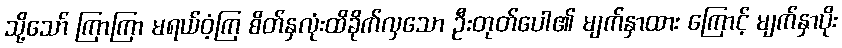
သို့သော် ကြာကြာ မရယ်ဝံ့ကြ စိတ်နှလုံးထိခိုက်လှသော ဦးတုတ်ပေါ၏ မျက်နှာထား ကြောင့် မျက်နှာပိုး